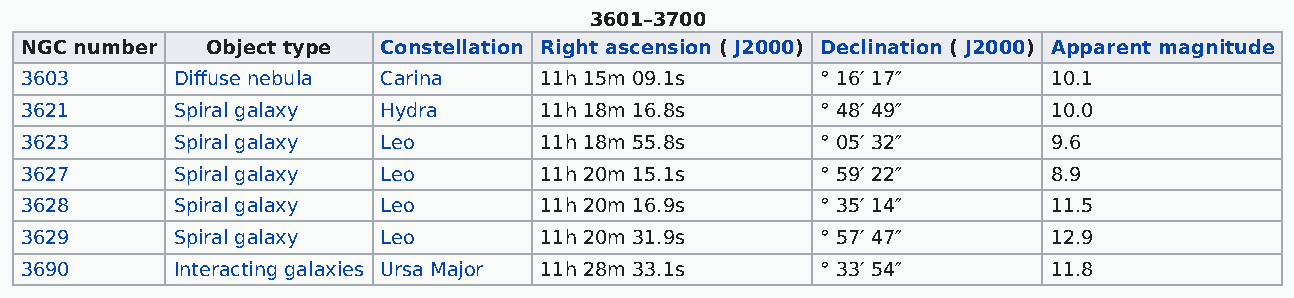
3601–3700
 NGC number   Object type Constellation Right ascension ( J2000) Declination ( J2000) Apparent magnitude
 3603      Diffuse nebula Carina    11h 15m 09.1s     ° 16′ 17″       10.1
 3621      Spiral galaxy Hydra      11h 18m 16.8s     ° 48′ 49″       10.0
 3623      Spiral galaxy Leo        11h 18m 55.8s     ° 05′ 32″       9.6
 3627      Spiral galaxy Leo        11h 20m 15.1s     ° 59′ 22″       8.9
 3628      Spiral galaxy Leo        11h 20m 16.9s     ° 35′ 14″       11.5
 3629      Spiral galaxy Leo        11h 20m 31.9s     ° 57′ 47″       12.9
 3690      Interacting galaxies Ursa Major 11h 28m 33.1s ° 33′ 54″    11.8